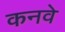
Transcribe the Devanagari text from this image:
कनवे